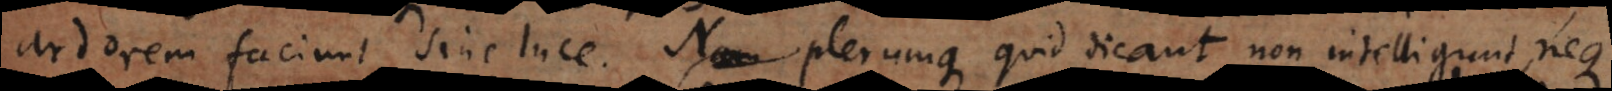
ardorem faciunt sine luce. Nam Plerumque quid dicant non intelligunt, neque